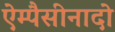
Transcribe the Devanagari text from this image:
ऐम्पैसीनादो